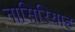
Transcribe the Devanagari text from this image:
नासिरियाह